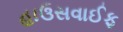
હાઉસવાઈફ